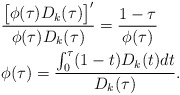
\begin{align*}&\frac{\big[\phi(\tau)D_{k}(\tau)\big]'}{\phi(\tau)D_{k}(\tau)}=\frac{1-\tau}{\phi(\tau)}\\&\phi(\tau)=\frac{\int_{0}^{\tau}(1-t) D_{k}(t)dt}{D_{k}(\tau)}.\end{align*}